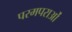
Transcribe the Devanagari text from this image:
परमपराओं